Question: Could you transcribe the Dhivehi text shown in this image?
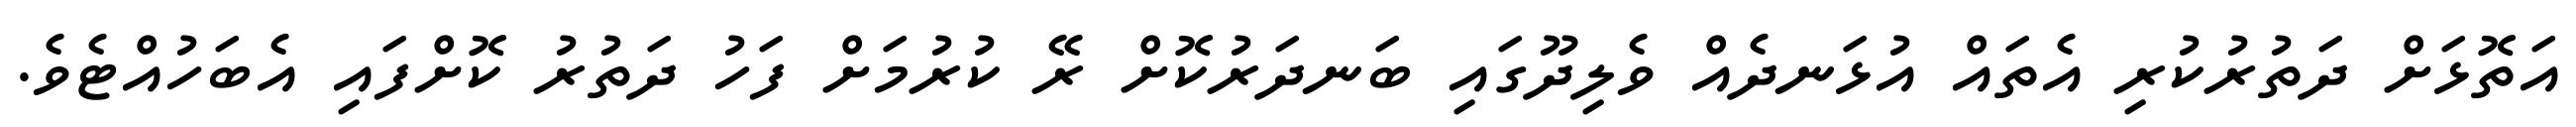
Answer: އަތޮޅަށް ދަތުރުކުރި އެތައް އުޅަނދެއް ވެލިދޫގައި ބަނދަރުކޮށް ރޭ ކުރުމަށް ފަހު ދަތުރު ކޮށްފައި އެބަހުއްޓެވެ.